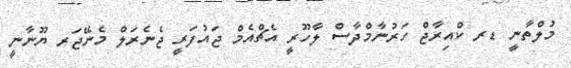
މުލްތާނީ ޑރ ކްއިރާޖް ހަރުނާމްދާސް ލާހޫރީ އެޗްއެމް ޖައުފަރީ ޖެނެރަލް މެނޭޖަރ ޔޫނާނީ